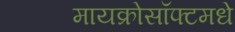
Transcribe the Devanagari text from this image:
मायक्रोसॉफ्टमधे